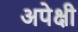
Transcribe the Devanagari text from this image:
अपेक्षी